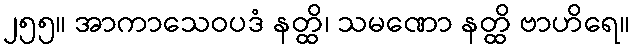
၂၅၅။ အာကာသေဝပဒံ နတ္ထိ၊ သမဏော နတ္ထိ ဗာဟိရေ။